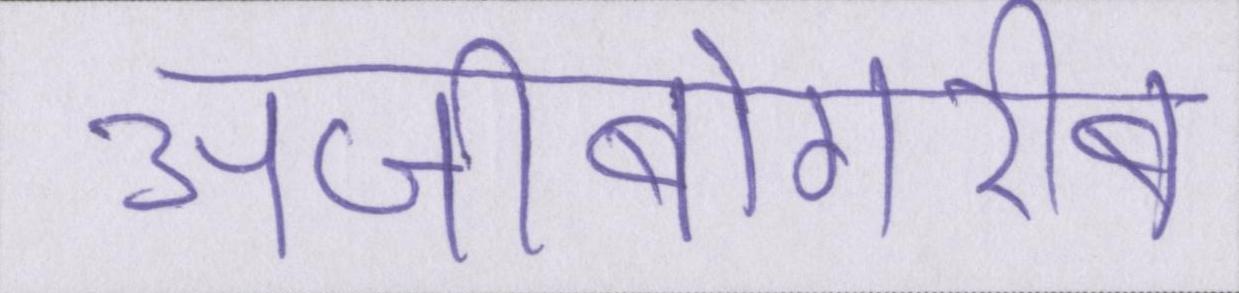
अजीबोगरीब